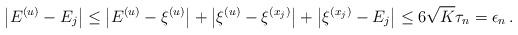
LaTeX: \begin{align*}\left| E^{(u)} - E_j \right| \leq \left| E^{(u)} - \xi^{(u)} \right| +\left| \xi^{(u)} - \xi^{(x_j)} \right| + \left| \xi^{(x_j)} - E_j \right| \leq 6 \sqrt K \tau_n = \epsilon_n \, .\end{align*}